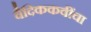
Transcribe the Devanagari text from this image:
वैदिककवींचा